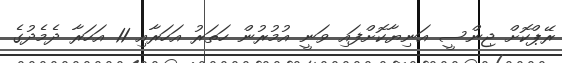
ރޭޕްކޮށް ޖިންސީ އަނިޔާކޮށްފައި ވަނީ އުމުރުން ހަތަރު އަހަރާއި 11 އަހަރާ ދެމެދުގެ